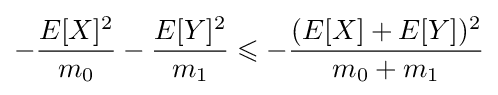
-{\frac {E[X]^{2}}{m_{0}}}-{\frac {E[Y]^{2}}{m_{1}}}\leqslant -{\frac {(E[X]+E[Y])^{2}}{m_{0}+m_{1}}}